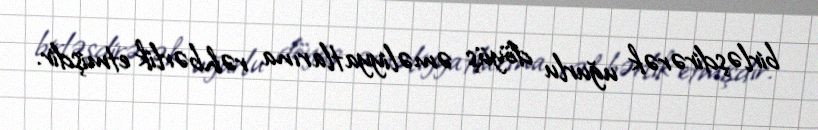
birləşdirərək uğurlu döyüş əməliyyatlarına rəhbərlik etmişdir.